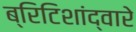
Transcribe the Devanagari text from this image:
ब्रिटिशांद्वारे